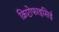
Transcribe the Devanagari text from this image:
क्रिप्टोफाइसिई